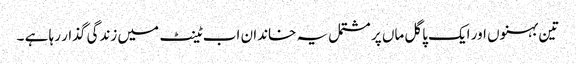
تین بہنوں اور ایک پاگل ماں پر مشتمل یہ خاندان اب ٹینٹ میں زندگی گذار رہا ہے ۔